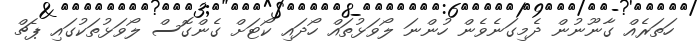
ހަތަރެއް ގާނޫނުން ދެމިގަނެވެން ހުންނަ ލޯވަޅުތައް ހޯދައި ކޯޓަށް ގެންގޮސް ލޯވަޅުތަކުގައި ޕެޗް